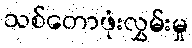
သစ်တောဖုံးလွှမ်းမှု